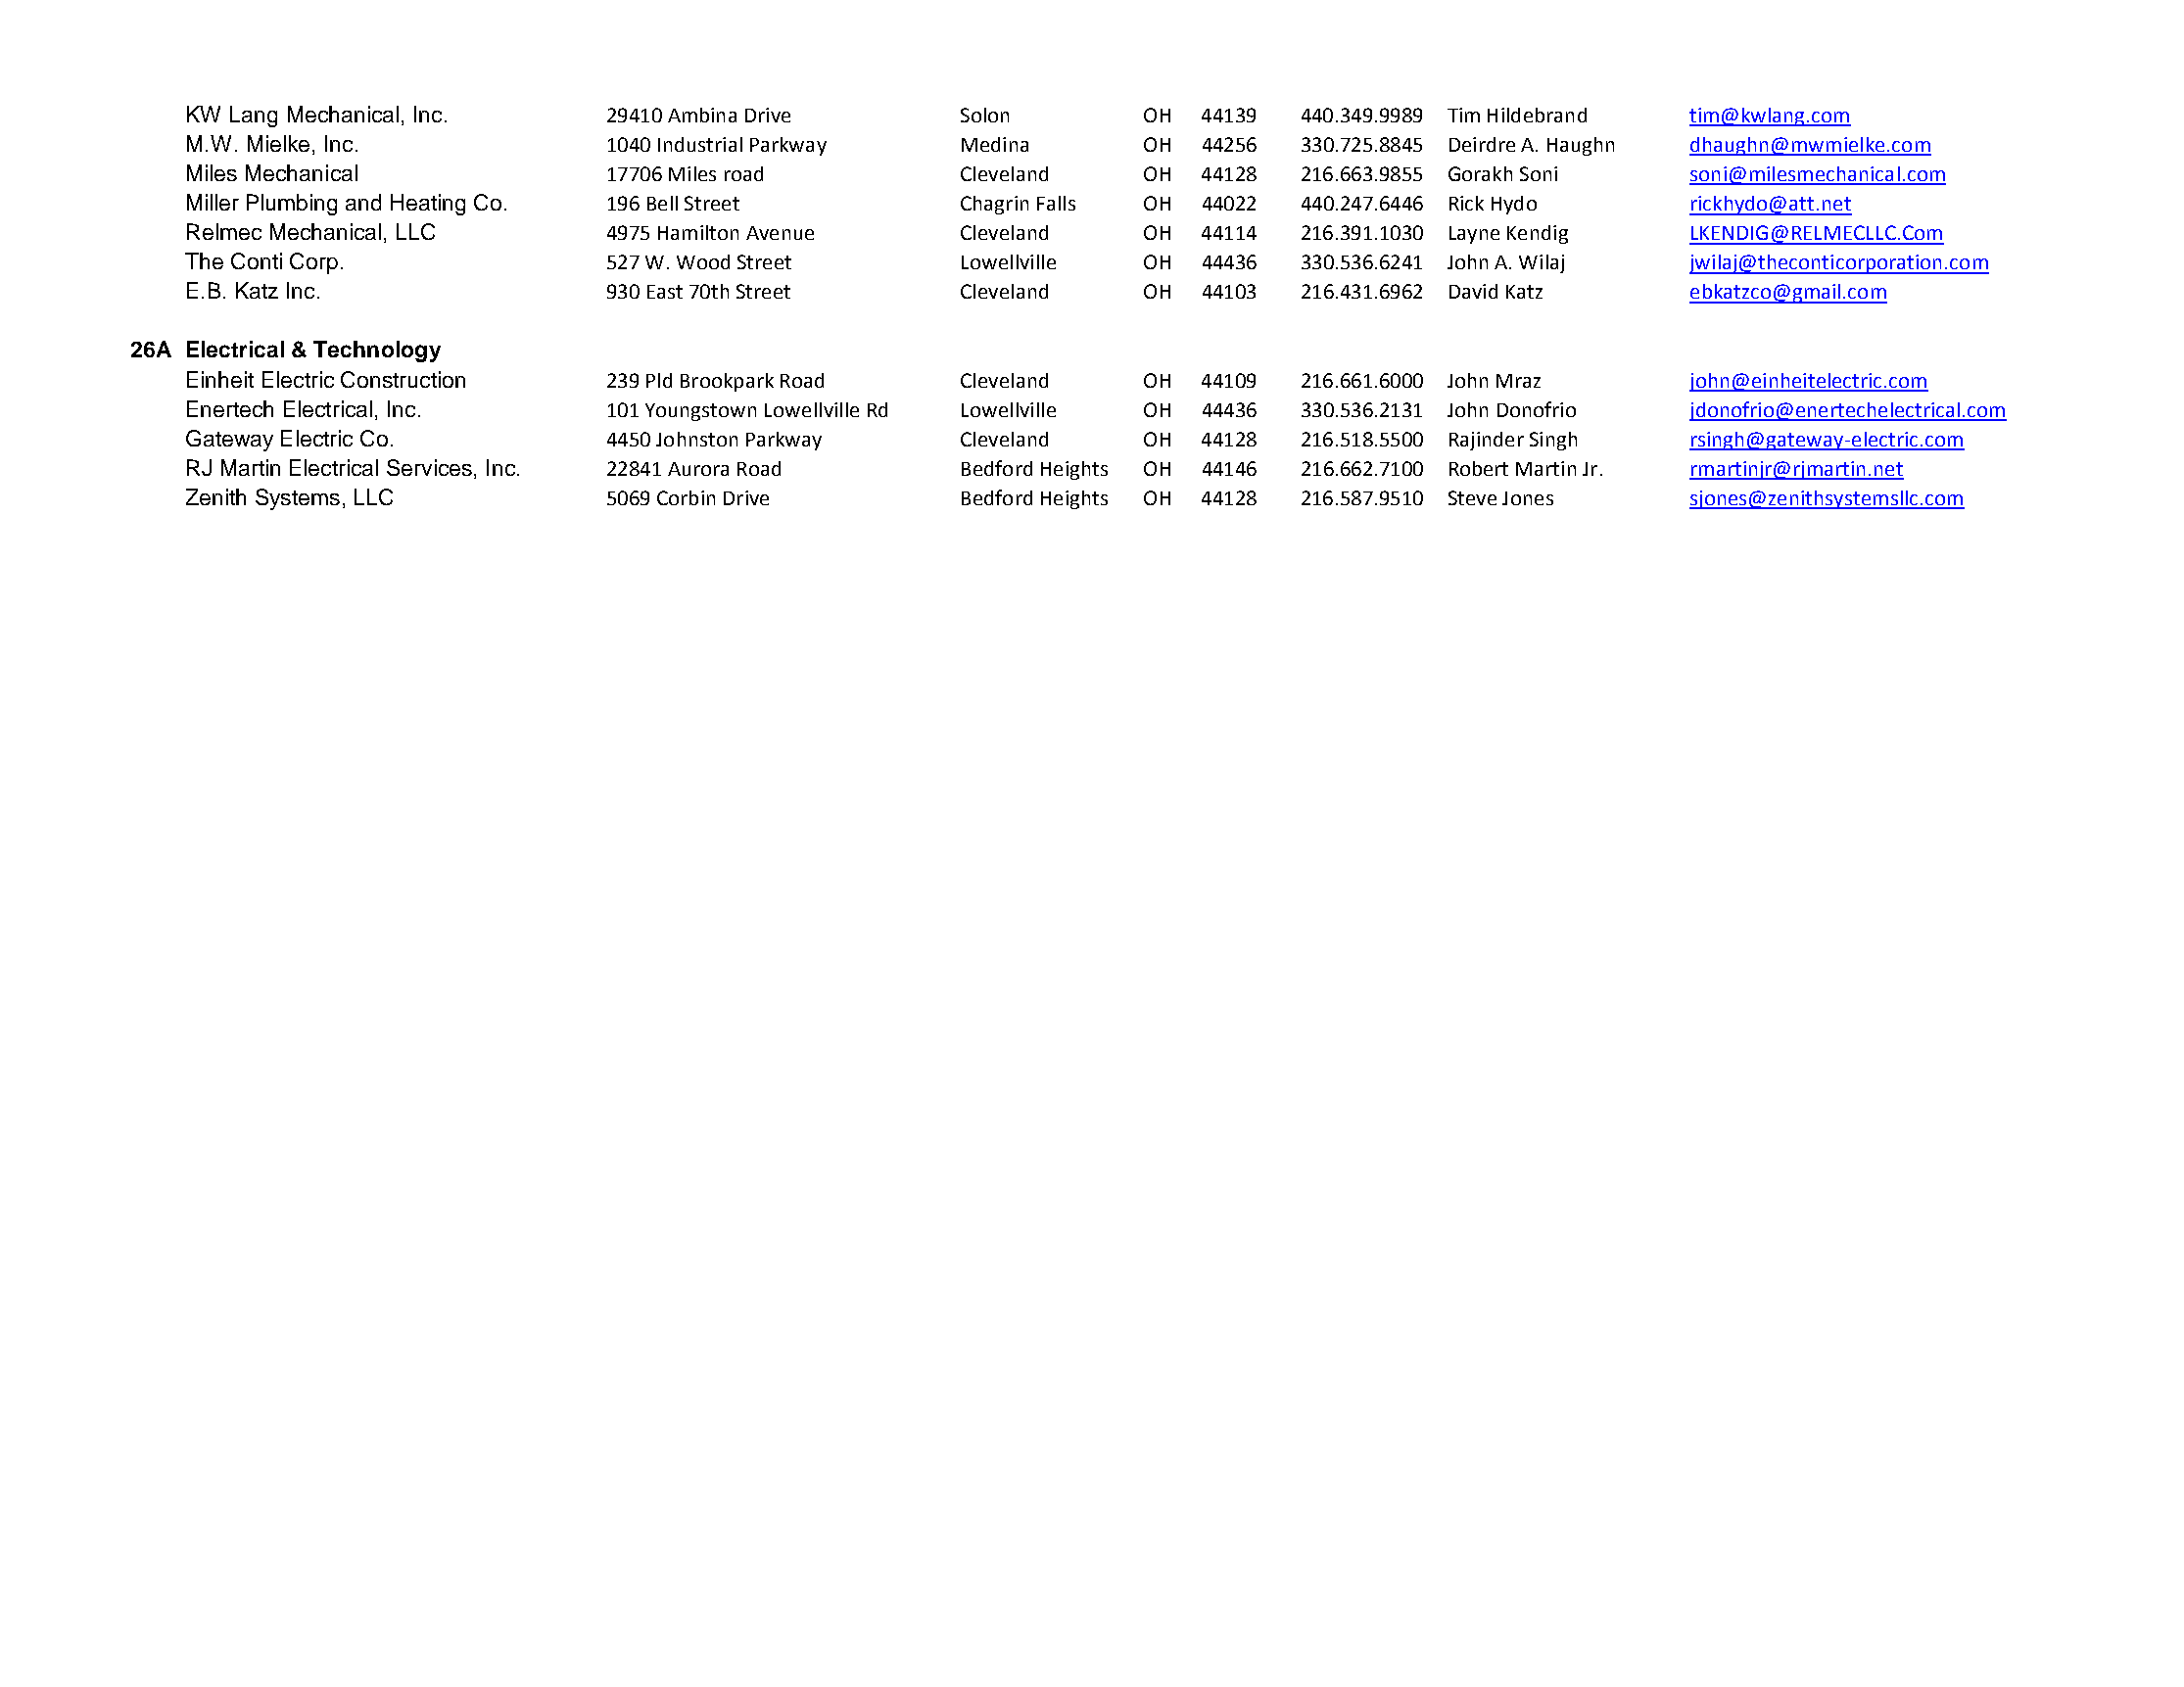
KW Lang Mechanical, Inc.     29410 Ambina Drive      Solon       OH  44139  440.349.9989 Tim Hildebrand tim@kwlang.com
 M.W. Mielke, Inc.            1040 Industrial Parkway Medina      OH  44256  330.725.8845 Deirdre A. Haughn dhaughn@mwmielke.com
 Miles Mechanical             17706 Miles road        Cleveland   OH  44128  216.663.9855 Gorakh Soni  soni@milesmechanical.com
 Miller Plumbing and Heating Co. 196 Bell Street      Chagrin Falls OH 44022 440.247.6446 Rick Hydo    rickhydo@att.net
 Relmec Mechanical, LLC       4975 Hamilton Avenue    Cleveland   OH  44114  216.391.1030 Layne Kendig LKENDIG@RELMECLLC.Com
 The Conti Corp.              527 W. Wood Street      Lowellville OH  44436  330.536.6241 John A. Wilaj jwilaj@theconticorporation.com
 E.B. Katz Inc.               930 East 70th Street    Cleveland   OH  44103  216.431.6962 David Katz   ebkatzco@gmail.com
 26A Electrical & Technology
 Einheit Electric Construction 239 Pld Brookpark Road Cleveland   OH  44109  216.661.6000 John Mraz    john@einheitelectric.com
 Enertech Electrical, Inc.    101 Youngstown Lowellville Rd Lowellville OH 44436 330.536.2131 John Donofrio jdonofrio@enertechelectrical.com
 Gateway Electric Co.         4450 Johnston Parkway   Cleveland   OH  44128  216.518.5500 Rajinder Singh rsingh@gateway-electric.com
 RJ Martin Electrical Services, Inc. 22841 Aurora Road Bedford Heights OH 44146 216.662.7100 Robert Martin Jr. rmartinjr@rjmartin.net
 Zenith Systems, LLC          5069 Corbin Drive       Bedford Heights OH 44128 216.587.9510 Steve Jones sjones@zenithsystemsllc.com